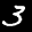
Label: 3